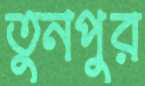
তুনপুর